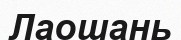
Лаошань